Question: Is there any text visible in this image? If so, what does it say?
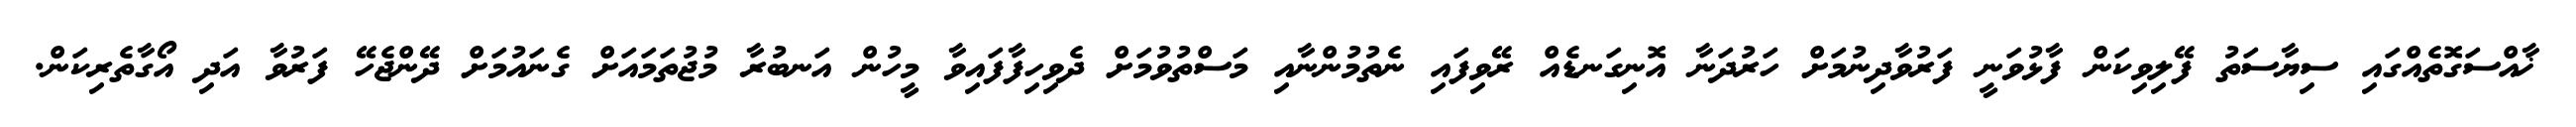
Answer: ޚާއްސަގޮތެއްގައި ސިޔާސަތު ފޭލިވިކަން ފާޅުވަނީ ފަރުވާދިނުމަށް ހަރުދަނާ އޮނިގަނޑެއް ރޭވިފައި ނެތުމުންނާއި މަސްތުވުމަށް ދެވިހިފާފައިވާ މީހުން އަނބުރާ މުޖުތަމައަށް ގެނައުމަށް ދޭންޖެހޭ ފަރުވާ އަދި އޯގާތެރިކަން.